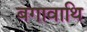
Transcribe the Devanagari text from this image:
बगावाथि